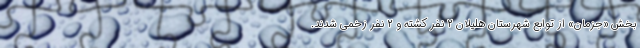
بخش «جزمان» از توابع شهرستان هلیلان ۲ نفر کشته و ۲ نفر زخمی شدند.